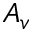
A _ { v }